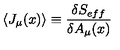
\langle J _ { \mu } ( x ) \rangle \equiv \frac { \delta S _ { e f f } } { \delta A _ { \mu } ( x ) }